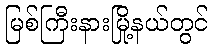
မြစ်ကြီးနားမြို့နယ်တွင်